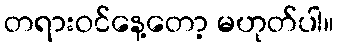
တရားဝင်နေ့တော့ မဟုတ်ပါ။